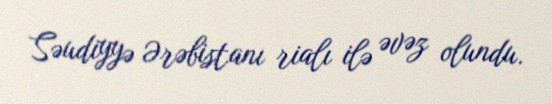
Səudiyyə Ərəbistanı rialı ilə əvəz olundu.